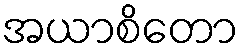
အယာစိတော